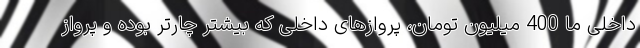
داخلی ما 400 میلیون تومان، پروازهای داخلی که بیشتر چارتر بوده و پرواز